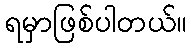
ရမှာဖြစ်ပါတယ်။